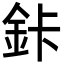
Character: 鉲